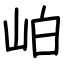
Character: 岶